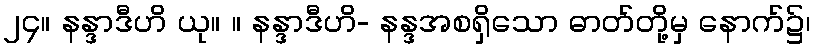
၂၄။ နန္ဒာဒီဟိ ယု။ ။ နန္ဒာဒီဟိ- နန္ဒအစရှိသော ဓာတ်တို့မှ နောက်၌၊